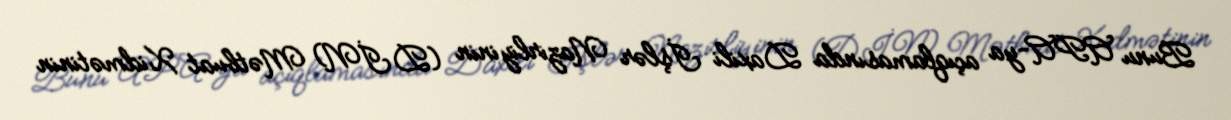
Bunu APA-ya açıqlamasında Daxili İşlər Nazirliyinin (DİN) Mətbuat Xidmətinin